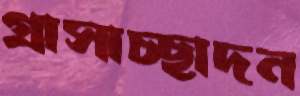
গ্রাসাচ্ছাদন